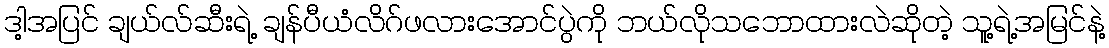
ဒါ့အပြင် ချယ်လ်ဆီးရဲ့ ချန်ပီယံလိဂ်ဖလားအောင်ပွဲကို ဘယ်လိုသဘောထားလဲဆိုတဲ့ သူ့ရဲ့အမြင်နဲ့